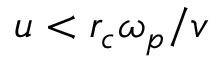
u < r _ { c } \omega _ { p } / v